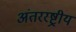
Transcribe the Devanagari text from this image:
अंतररष्ट्रीय